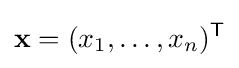
\mathbf {x} =(x_{1},\ldots ,x_{n})^{\mathsf {T}}